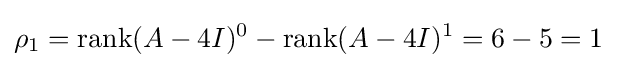
\rho _{1}=\operatorname {rank} (A-4I)^{0}-\operatorname {rank} (A-4I)^{1}=6-5=1